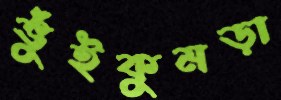
ভুঁইকুমড়া